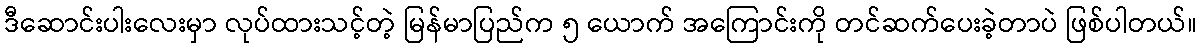
ဒီဆောင်းပါးလေးမှာ လုပ်ထားသင့်တဲ့ မြန်မာပြည်က ၅ ယောက် အကြောင်းကို တင်ဆက်ပေးခဲ့တာပဲ ဖြစ်ပါတယ်။